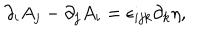
\partial _ { i } A _ { j } - \partial _ { j } A _ { i } = \epsilon _ { i j k } \partial _ { k } \eta ,